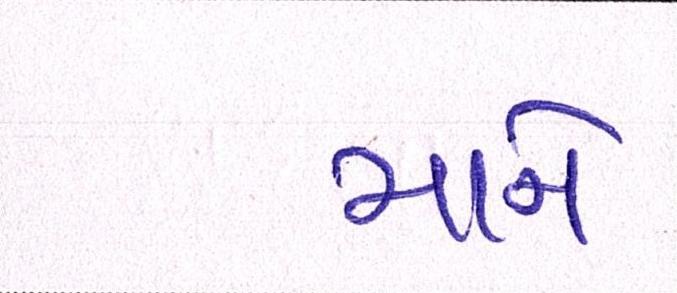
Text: માને